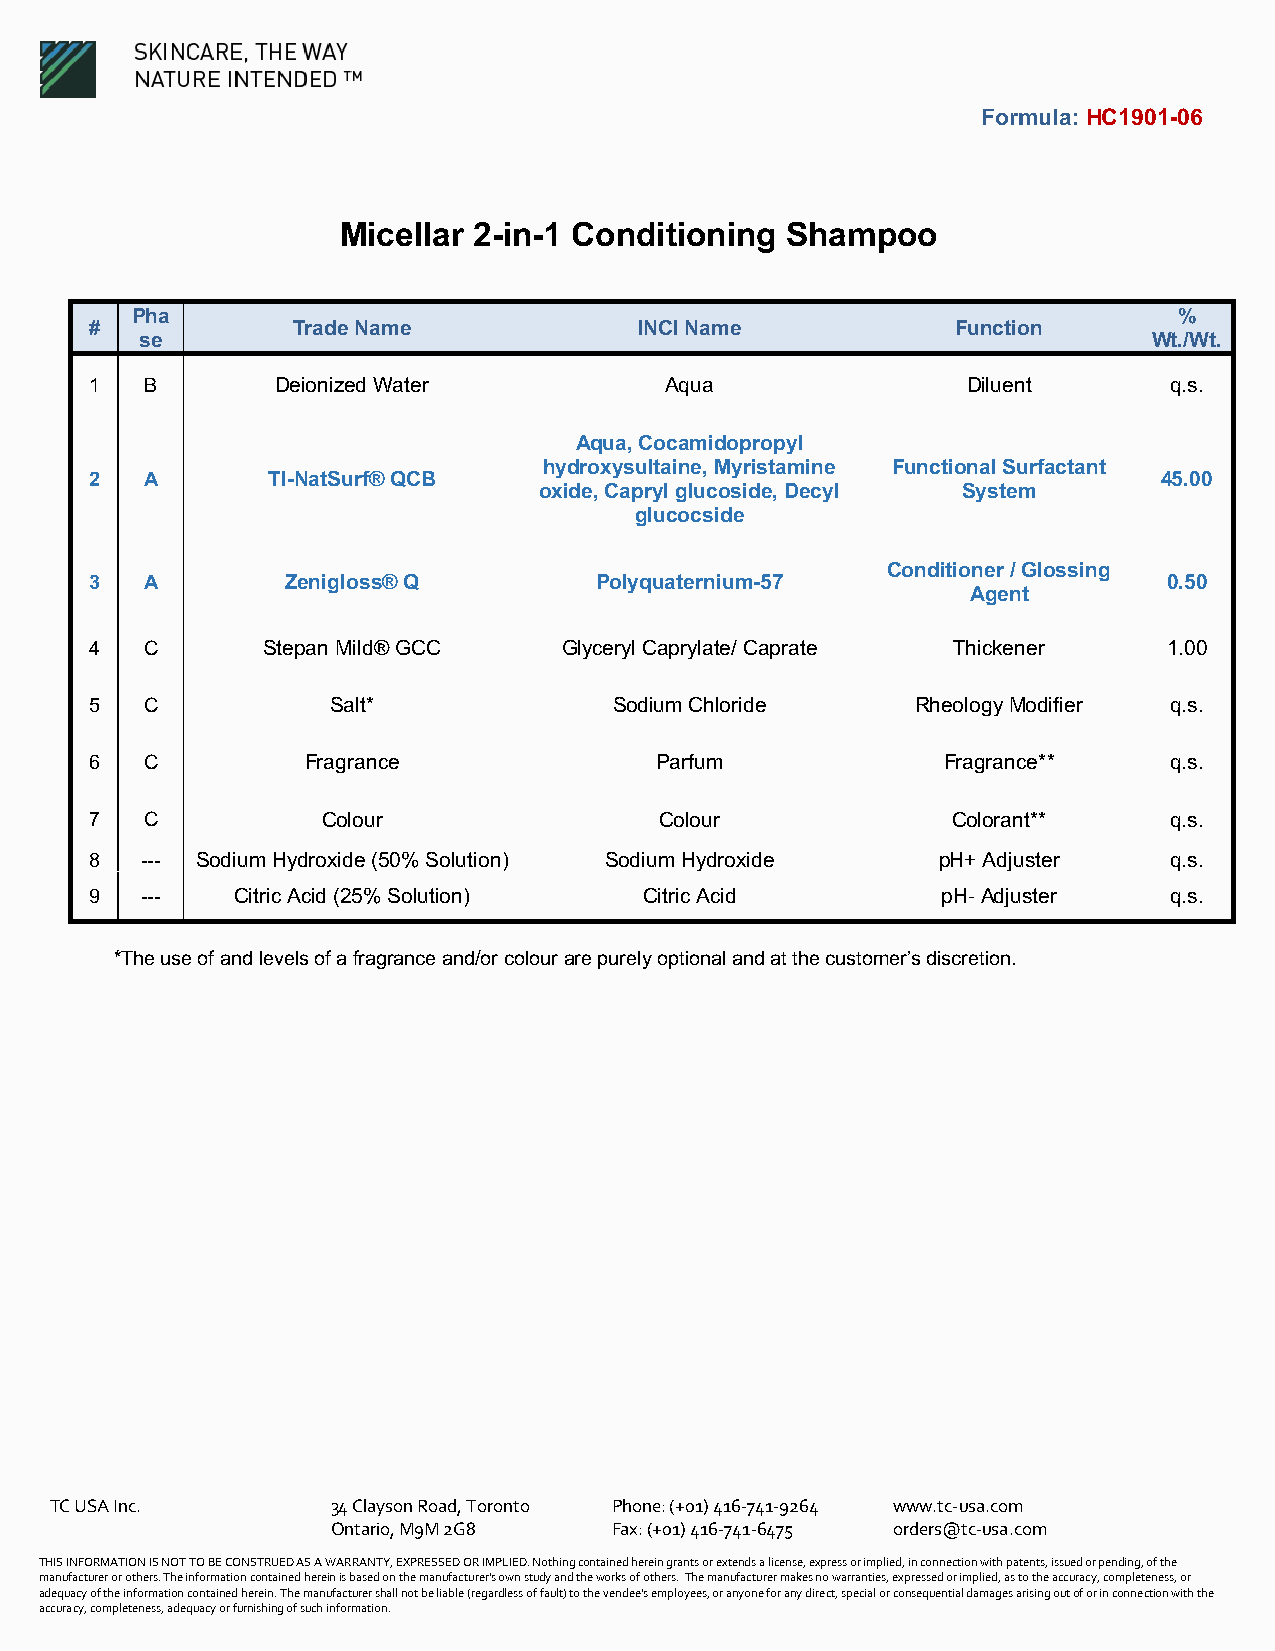
Formula: HC1901-06
 Micellar 2-in-1 Conditioning  Shampoo
 Pha                                                                  %
 #            Trade Name             INCI Name            Function
 se                                                                 Wt./Wt.
 1   B       Deionized Water           Aqua                Diluent      q.s.
 Aqua, Cocamidopropyl
 hydroxysultaine, Myristamine Functional Surfactant
 2   A       TI-NatSurf® QCB                                            45.00
 oxide, Capryl glucoside, Decyl System
 glucocside
 Conditioner / Glossing
 3   A        Zenigloss® Q        Polyquaternium-57                     0.50
 Agent
 4   C      Stepan Mild® GCC    Glyceryl Caprylate/ Caprate Thickener   1.00
 5   C           Salt*              Sodium Chloride     Rheology Modifier q.s.
 6   C         Fragrance              Parfum             Fragrance**    q.s.
 7   C          Colour                 Colour             Colorant**    q.s.
 8  --- Sodium Hydroxide (50% Solution) Sodium Hydroxide pH+ Adjuster   q.s.
 9  ---    Citric Acid (25% Solution) Citric Acid        pH- Adjuster   q.s.
 *The use of and levels of a fragrance and/or colour are purely optional and at the customer’s discretion.
 TC USA Inc.        34 Clayson Road, Toronto Phone: (+01) 416-741-9264 www.tc-usa.com
 Ontario, M9M 2G8  Fax: (+01) 416-741-6475 orders@tc-usa.com
 THIS INFORMATION IS NOT TO BE CONSTRUED AS A WARRANTY, EXPRESSED OR IMPLIED. Nothing contained herein grants or extends a license, express or implied, in connection with patents, issued or pending, of the
 manufacturer or others. The information contained herein is based on the manufacturer's own study and the works of others. The manufacturer makes no warranties, expressed or implied, as to the accuracy, completeness, or
 adequacy of the information contained herein. The manufacturer shall not be liable (regardless of fault) to the vendee's employees, or anyone for any direct, special or consequential damages arising out of or in connection with the
 accuracy, completeness, adequacy or furnishing of such information.